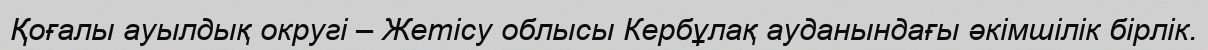
Қоғалы ауылдық округі – Жетісу облысы Кербұлақ ауданындағы әкімшілік бірлік.